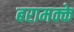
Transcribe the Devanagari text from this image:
बरामक्के